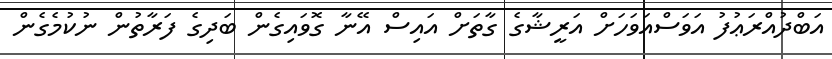
އަބްދުއްރަޢުފު އަވަސްއަވަހަށް އަރީޝާގެ ގާތަށް އައިސް އޭނާ ގޮވައިގެން ބަދިގެ ފަރާތުން ނުކުމެގެން